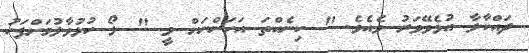
ދައްކާލާ އުޅެވޭވަރު ވެއެވެ. " ކިިނެއްތަ އަހަންނަށް ވީ " ލޯ ހުޅުވާލުމަށްފަހު